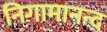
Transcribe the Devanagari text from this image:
निगामानन्द